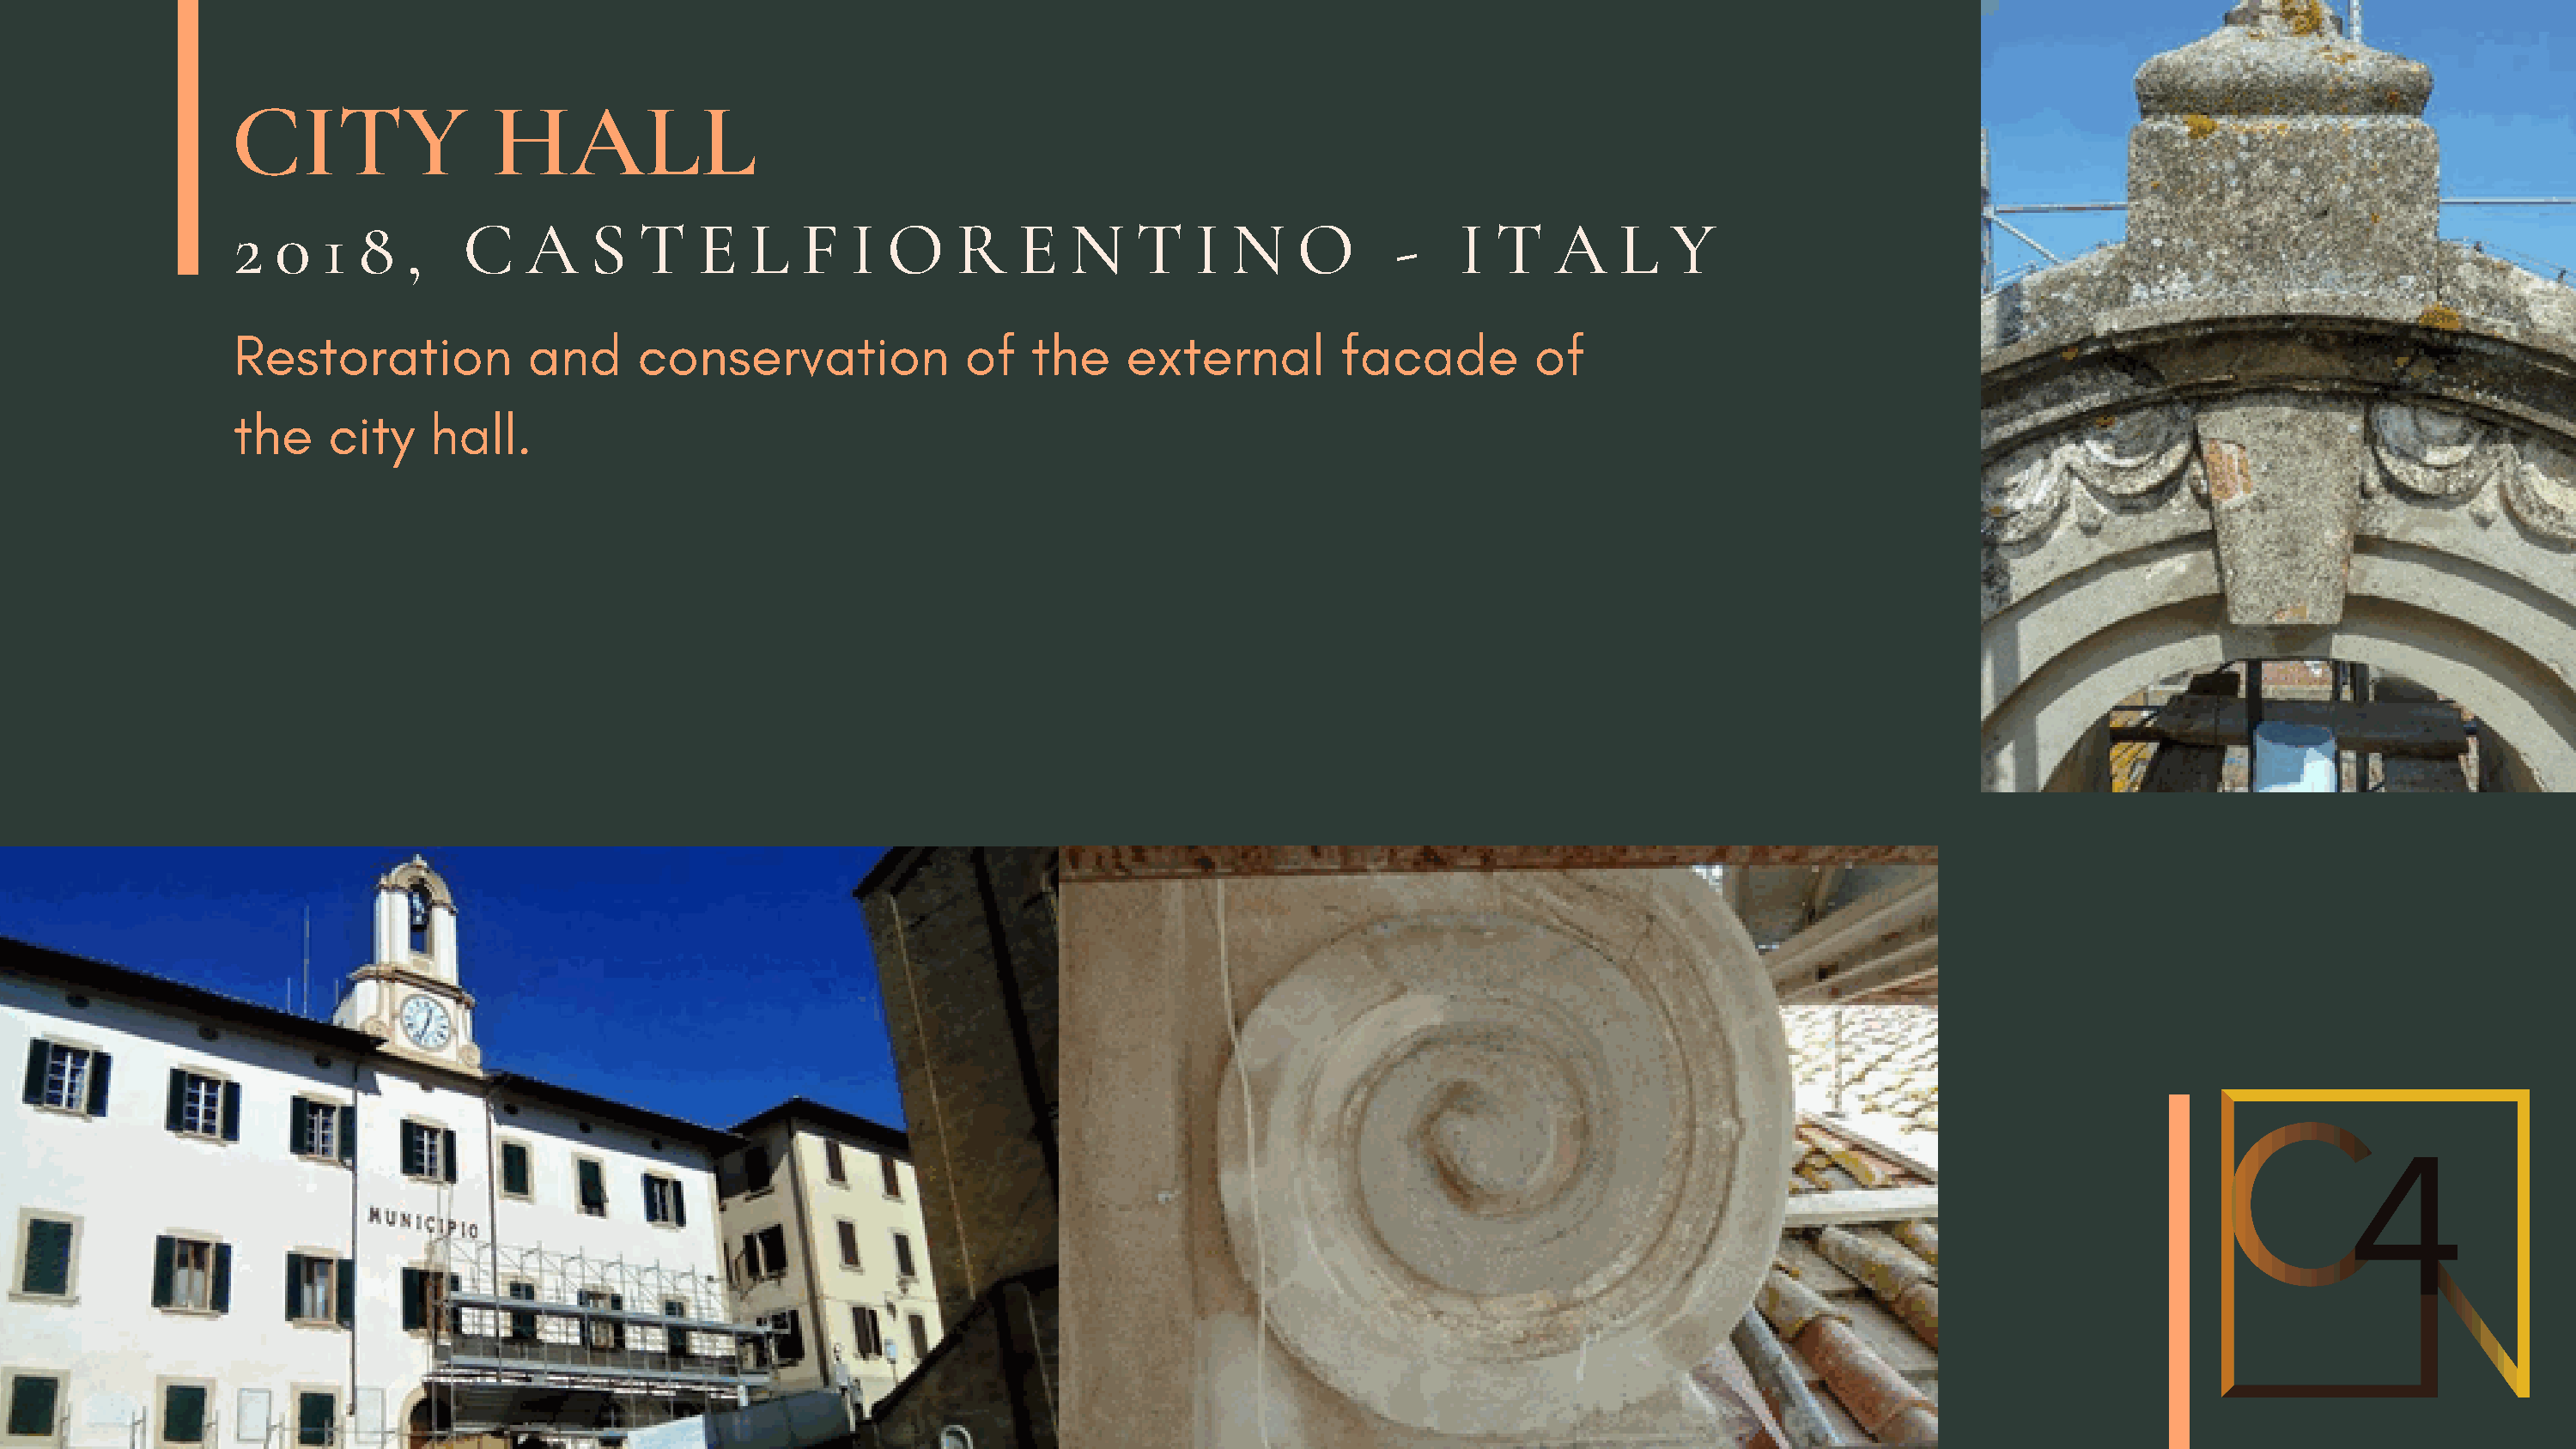
CITY                HALL
 2  0   1  8  ,    C    A   S   T    E   L   F   I O     R   E   N     T   I  N    O       -   I  T    A    L   Y
 Restoration            and     conservation             of    the    external        facade         of
 the    city    hall.